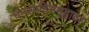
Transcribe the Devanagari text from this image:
वनस्पतिसमूहावर